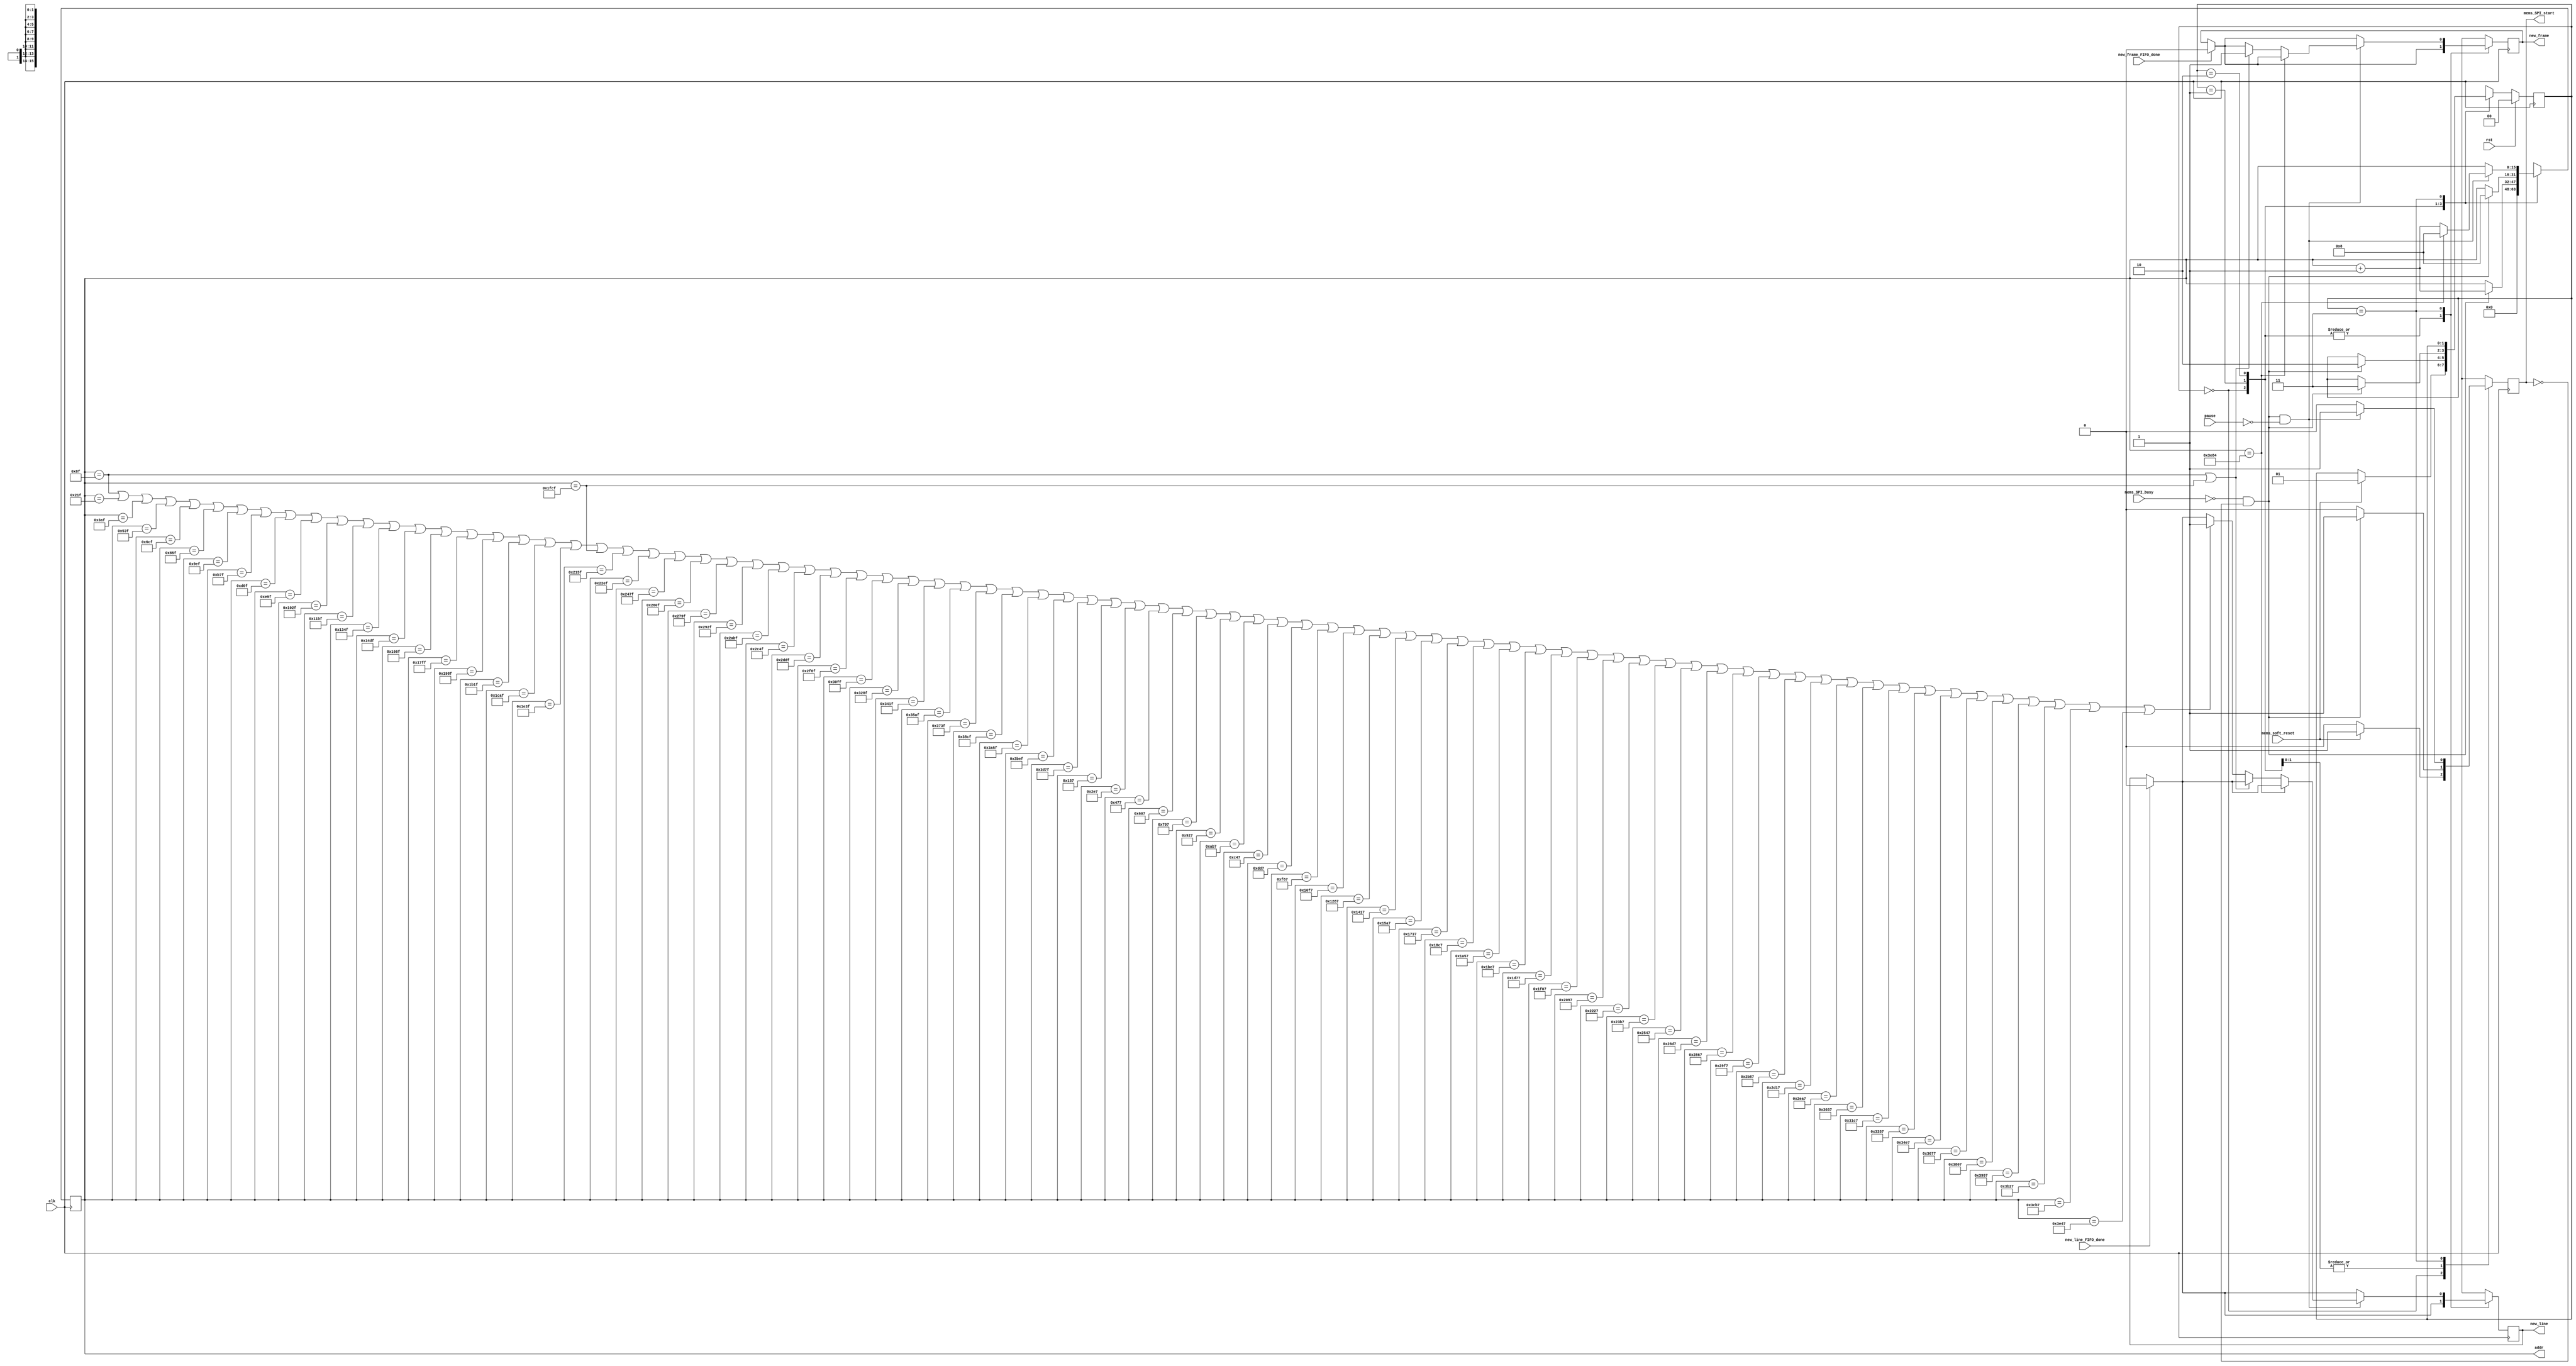
module mems_control (
    // INPUT
    input clk,
    input rst,
    input pause,
    input mems_SPI_busy,
    input mems_soft_reset,
    input new_line_FIFO_done,
    input new_frame_FIFO_done,
    // input go_home,

    // OUTPUT
    output mems_SPI_start,
    // output [23:0] data_mosi,
    output new_line,
    output new_frame,
    output [15:0] addr
  );
  
  reg new_line_d, new_line_q;//=1'b0;
  reg new_frame_d, new_frame_q;//=1'b0;
  
  assign mems_SPI_start=mems_SPI_start_q;

  assign new_line = new_line_q;
  assign new_frame = new_frame_q;

  assign addr = addr_q;
  
  localparam STATE_SIZE = 2;
  localparam IDLE = 2'd0,
    SOFTWARE_RESET = 2'd1,
    VREF_SETUP = 2'd2,
    SET_CHANNEL = 2'd3;
 
  reg [STATE_SIZE-1:0] state_d, state_q;
  reg [15:0] addr_d, addr_q;
  reg mems_SPI_start_d, mems_SPI_start_q; 

  reg play_d, play_q;
  wire rom_scan_is_done;




  always @(*) begin

    // if (new_line_FIFO_done==1'b1 && new_line_q==1'b1) begin
    if (new_line_FIFO_done==1'b1) begin
      new_line_d=1'b0; // latch here is not fine (if at the same time 2 modules -> problem)
    end else begin
      new_line_d = new_line_q;
    end

    if (new_frame_FIFO_done==1'b1) begin
      new_frame_d=1'b0; // latch here is not fine
    end else begin
      new_frame_d = new_frame_q;
    end

    state_d = state_q; // default values
    addr_d = addr_q;   // needed to prevent latches
    play_d = play_q;

    case (state_q)
      IDLE: begin
        addr_d = 4'b0;
        mems_SPI_start_d=1'b0;
        if (mems_soft_reset==1'b1) begin
          state_d = SOFTWARE_RESET;
          mems_SPI_start_d=1'b1;
        end
      end // IDLE

      SOFTWARE_RESET: begin
        mems_SPI_start_d=1'b0;
        if (!mems_SPI_busy && mems_SPI_start_q == 1'b0) begin 
          addr_d=addr_q+1'b1;
          state_d = VREF_SETUP;
          mems_SPI_start_d = 1'b1;
        end
      end // SOFTWARE_RESET

      VREF_SETUP: begin // we hav problem with DAC, change its ref voltage from external to internal and vice versa -> have to send command for external one all time.
        mems_SPI_start_d=1'b0;
        if (!mems_SPI_busy && mems_SPI_start_q == 1'b0) begin 
          addr_d = 16'd8;//addr_q + 1'b1; // will be 2 in SET_CHANNEL
          state_d = SET_CHANNEL;
          mems_SPI_start_d = 1'b1;
        end
      end // VREF_SETUP

      SET_CHANNEL: begin
                play_d=1'b0;
                mems_SPI_start_d = 1'b0;

                if ((!mems_SPI_busy && mems_SPI_start_q == 1'b0) && pause==1'b0) begin 
                    mems_SPI_start_d = 1'b1;    

                    // begin from the beginning if end reached.         
                    // if (rom_scan_is_done==1'b1) begin
                    


                    if (addr_q==16'd16004) begin
                    // if (addr_q==16'd15844) begin
                         addr_d = 16'd8;  
                    end else begin
                    
// if (addr_q == 16'd623 || addr_q==16'd8623) begin
// if (addr_q == 16'd226 || addr_q==16'd3826) begin
if (addr_q == 16'd143 || addr_q==16'd8143) begin

// if (addr_q == 16'd164) begin // 6495 no overflow at all1! 6490 also no overf.

                        // if (addr_q == 16'd164 || addr_q == 16'd4964) begin // || addr_q==16'd4941) begin // 6495 no overflow at all1! 6490 also no overf.

                            new_frame_d = 1'b1;
                        end else 
// if (addr_q == 16'd562 || addr_q == 16'd2322 || addr_q == 16'd4082 || addr_q == 16'd5842 || addr_q == 16'd7602 || addr_q == 16'd1442 || addr_q == 16'd3202 || addr_q == 16'd4962 || addr_q == 16'd6722 || addr_q==16'd8482) begin
// if (addr_q == 16'd623 || addr_q == 16'd2223 || addr_q == 16'd3823 || addr_q == 16'd5423 || addr_q == 16'd7023 || addr_q == 16'd8623 || addr_q == 16'd10223 || addr_q == 16'd11823 || addr_q == 16'd13423 || addr_q == 16'd15023 || addr_q == 16'd1423 || addr_q == 16'd3023 || addr_q == 16'd4623 || addr_q == 16'd6223 || addr_q == 16'd7823 || addr_q == 16'd9423 || addr_q == 16'd11023 || addr_q == 16'd12623 || addr_q == 16'd14223 || addr_q==16'd15823) begin





if (addr_q == 16'd143 || addr_q == 16'd543 || addr_q == 16'd943 || addr_q == 16'd1343 || addr_q == 16'd1743 || addr_q == 16'd2143 || addr_q == 16'd2543 || addr_q == 16'd2943 || addr_q == 16'd3343 || addr_q == 16'd3743 || addr_q == 16'd4143 || addr_q == 16'd4543 || addr_q == 16'd4943 || addr_q == 16'd5343 || addr_q == 16'd5743 || addr_q == 16'd6143 || addr_q == 16'd6543 || addr_q == 16'd6943 || addr_q == 16'd7343 || addr_q == 16'd7743 || addr_q == 16'd8143 || addr_q == 16'd8543 || addr_q == 16'd8943 || addr_q == 16'd9343 || addr_q == 16'd9743 || addr_q == 16'd10143 || addr_q == 16'd10543 || addr_q == 16'd10943 || addr_q == 16'd11343 || addr_q == 16'd11743 || addr_q == 16'd12143 || addr_q == 16'd12543 || addr_q == 16'd12943 || addr_q == 16'd13343 || addr_q == 16'd13743 || addr_q == 16'd14143 || addr_q == 16'd14543 || addr_q == 16'd14943 || addr_q == 16'd15343 || addr_q == 16'd15743 || addr_q == 16'd343 || addr_q == 16'd743 || addr_q == 16'd1143 || addr_q == 16'd1543 || addr_q == 16'd1943 || addr_q == 16'd2343 || addr_q == 16'd2743 || addr_q == 16'd3143 || addr_q == 16'd3543 || addr_q == 16'd3943 || addr_q == 16'd4343 || addr_q == 16'd4743 || addr_q == 16'd5143 || addr_q == 16'd5543 || addr_q == 16'd5943 || addr_q == 16'd6343 || addr_q == 16'd6743 || addr_q == 16'd7143 || addr_q == 16'd7543 || addr_q == 16'd7943 || addr_q == 16'd8343 || addr_q == 16'd8743 || addr_q == 16'd9143 || addr_q == 16'd9543 || addr_q == 16'd9943 || addr_q == 16'd10343 || addr_q == 16'd10743 || addr_q == 16'd11143 || addr_q == 16'd11543 || addr_q == 16'd11943 || addr_q == 16'd12343 || addr_q == 16'd12743 || addr_q == 16'd13143 || addr_q == 16'd13543 || addr_q == 16'd13943 || addr_q == 16'd14343 || addr_q == 16'd14743 || addr_q == 16'd15143 || addr_q == 16'd15543 || addr_q==16'd15943) begin

              new_line_d=1'b1;
                end 






                      addr_d = addr_q+1'b1;
                    end // if rom_scan_is_done








                end // new data
      end // SET_CHANNEL

      default: state_d = IDLE;
    endcase
  end
 



  always @(posedge clk) begin
    if (rst) begin
      state_q <= IDLE;
    end else begin
      state_q <= state_d;
    end

    new_line_q <= new_line_d; 
    new_frame_q <= new_frame_d; 
    
    mems_SPI_start_q <= mems_SPI_start_d;
    addr_q <= addr_d;
    play_q <= play_d;
  end
 
endmodule